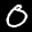
Label: 0